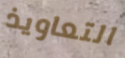
التعاويذ